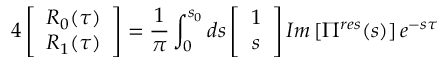
4 \left[ \begin{array} { c } { { R _ { 0 } ( \tau ) } } \\ { { R _ { 1 } ( \tau ) } } \end{array} \right] = \frac { 1 } { \pi } \int _ { 0 } ^ { s _ { 0 } } d s \left[ \begin{array} { c } { { 1 } } \\ { { s } } \end{array} \right] I m \left[ \Pi ^ { r e s } ( s ) \right] e ^ { - s \tau }